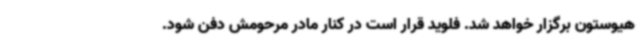
هیوستون برگزار خواهد شد. فلوید قرار است در کنار مادر مرحومش دفن شود.